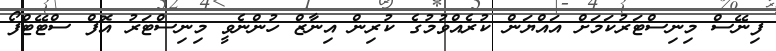
ފިނޭސް މިނިސްޓަރުކަމަށް އައްޔަން ކުރެއްވުމުގެ ކުރިން އިނާޒް ހުންނެވީ މިނިސްޓަރު އޮފް ސްޓޭޓްފޯ